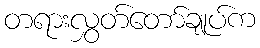
တရားလွှတ်တော်ချုပ်က